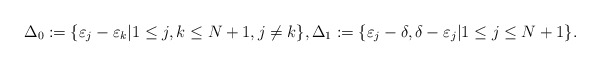
\begin{align*}\Delta_0 &:= \{ \varepsilon_j-\varepsilon_k | 1\leq j,k \leq N+1, j\neq k \}, \Delta_1 := \{ \varepsilon_j-\delta, \delta-\varepsilon_j | 1\leq j \leq N+1 \}.\end{align*}